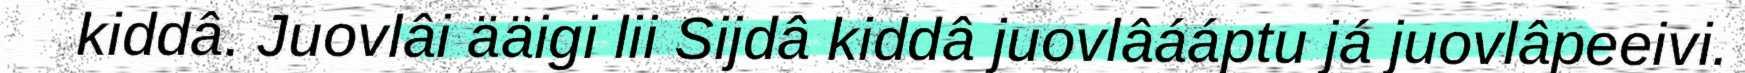
kiddâ. Juovlâi ääigi lii Sijdâ kiddâ juovlâááptu já juovlâpeeivi.